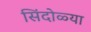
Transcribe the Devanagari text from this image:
सिंदोळ्या